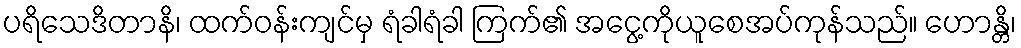
ပရိသေဒိတာနိ၊ ထက်ဝန်းကျင်မှ ရံခါရံခါ ကြက်၏ အငွေ့ကိုယူစေအပ်ကုန်သည်။ ဟောန္တိ၊